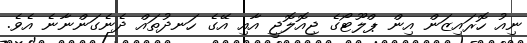
ނިއު ހޮރަައިޒަން އިން ޕްލޫޓޯގެ ޖިއޮލޮޖީ އާއި އޭގެ ހަނދުތައް ދެނެގަންނާނެ އެވެ.